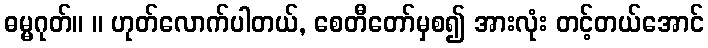
ဓမ္မဂုတ်။ ။ ဟုတ်လောက်ပါတယ်, စေတီတော်မှစ၍ အားလုံး တင့်တယ်အောင်